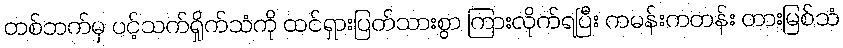
တစ်ဘက်မှ ပင့်သက်ရှိုက်သံကို ထင်ရှားပြတ်သားစွာ ကြားလိုက်ရပြီး ကမန်းကတန်း တားမြစ်သံ